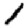
Digit: 1